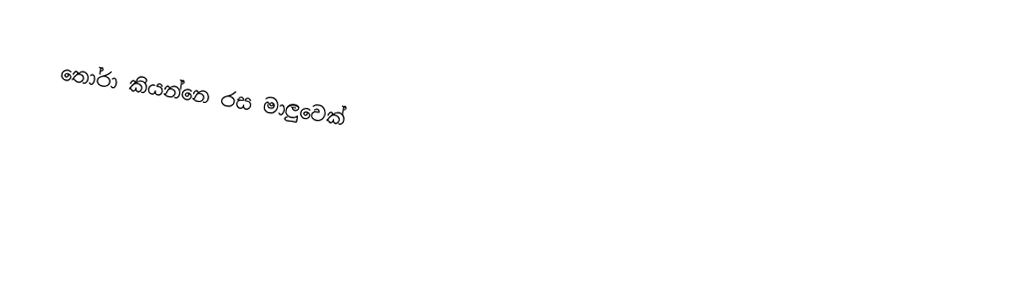
තෝරා කියන්නෙ රස මාලුවෙක්